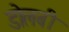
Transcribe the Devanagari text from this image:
डोलबी